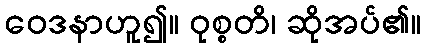
ဝေဒနာဟူ၍။ ဝုစ္စတိ၊ ဆိုအပ်၏။